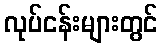
လုပ်ငန်းများတွင်